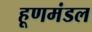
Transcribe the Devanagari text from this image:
हूणमंडल